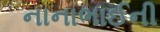
નાનાભાઈની